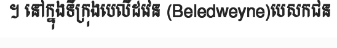
។ នៅក្នុងទីក្រុងបេលីដវេន (Beledweyne)បេសកជន